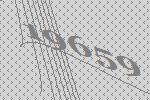
19659